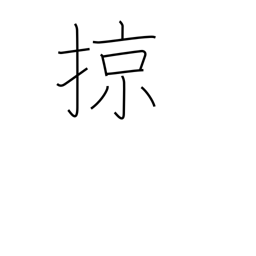
Meaning: sweep over